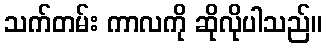
သက်တမ်း ကာလကို ဆိုလိုပါသည်။